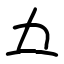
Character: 𫝀